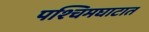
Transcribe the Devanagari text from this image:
पश्चिमघाटात